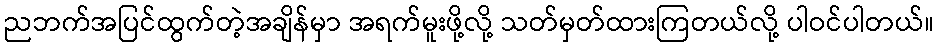
ညဘက်အပြင်ထွက်တဲ့အချိန်မှာ အရက်မူးဖို့လို့ သတ်မှတ်ထားကြတယ်လို့ ပါဝင်ပါတယ်။